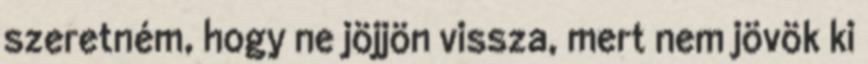
szeretném, hogy ne jöjjön vissza, mert nem jövök ki